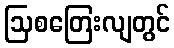
ဩစတြေးလျတွင်